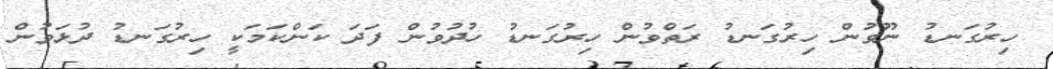
ހިރުގަނޑު ނޫވުން ހިރުގަނޑު ރަތްވުން ހިރުގަނޑު ހުދުވުން ފަދަ ކަންކަމަކީ ހިރުގަނޑު ދުޅަވުން